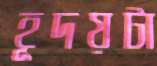
হূদয়টা